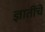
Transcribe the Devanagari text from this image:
ज्ञातींचें